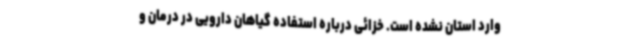
وارد استان نشده است. خزائی درباره استفاده گیاهان دارویی در درمان و